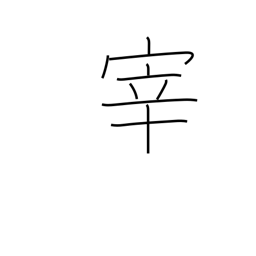
Meaning: manager